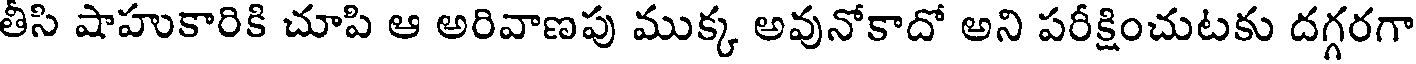
తీసి షాహుకారికి చూపి ఆ అరివాణపు ముక్క అవునోకాదో అని పరీక్షించుటకు దగ్గరగా